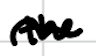
Text: the
Cross-out: wave
Writing tool: digital_black